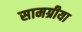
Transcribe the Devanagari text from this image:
सामग्रीया